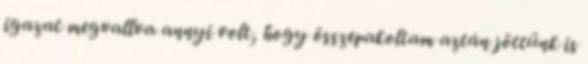
igazat megvallva annyi volt, hogy összepakoltam aztán jöttünk is